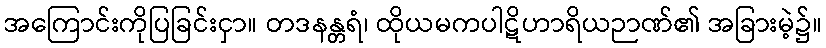
အကြောင်းကိုပြခြင်းငှာ။ တဒနန္တရံ၊ ထိုယမကပါဋိဟာရိယဉာဏ်၏ အခြားမဲ့၌။